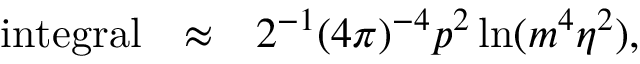
\begin{array} { r c l } { { \mathrm { i n t e g r a l } } } & { { \approx } } & { { \displaystyle 2 ^ { - 1 } ( 4 \pi ) ^ { - 4 } p ^ { 2 } \ln ( m ^ { 4 } \eta ^ { 2 } ) , } } \end{array}